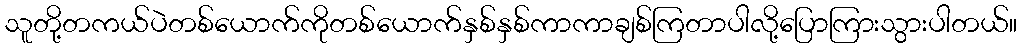
သူတို့တကယ်ပဲတစ်ယောက်ကိုတစ်ယောက်နှစ်နှစ်ကာကာချစ်ကြတာပါလို့ပြောကြားသွားပါတယ်။